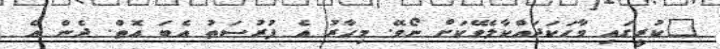
"ކުރީގައި ވާހަކަދައްކާލެވޭކަށް ނޯވޭ. މިހާރު އެ ފުރުސަތު އެބަ އޮތް. ދެން އެ